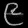
Digit: ၉